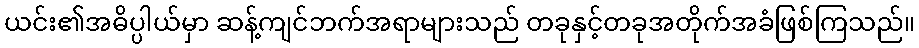
ယင်း၏အဓိပ္ပါယ်မှာ ဆန့်ကျင်ဘက်အရာများသည် တခုနှင့်တခုအတိုက်အခံဖြစ်ကြသည်။